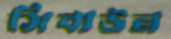
সিবাউন